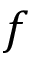
f